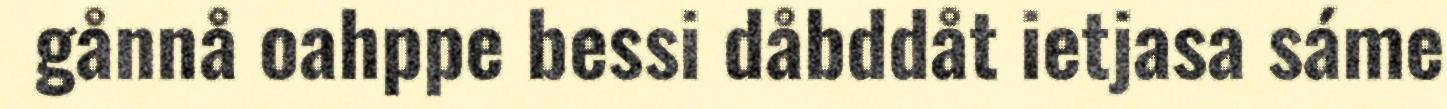
gånnå oahppe bessi dåbddåt ietjasa sáme